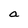
Character: a